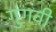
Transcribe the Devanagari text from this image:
गुंगवी